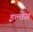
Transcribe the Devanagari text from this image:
इल्वेस